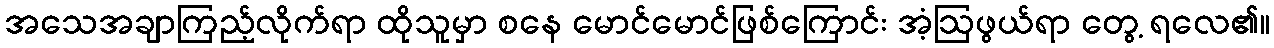
အသေအချာကြည့်လိုက်ရာ ထိုသူမှာ စနေ မောင်မောင်ဖြစ်ကြောင်း အံ့ဩဖွယ်ရာ တွေ့ ရလေ၏။